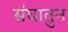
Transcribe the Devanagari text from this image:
संघातुन